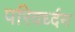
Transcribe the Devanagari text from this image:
परिवर्ध्दन